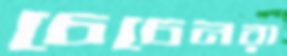
চেচেনরা